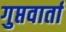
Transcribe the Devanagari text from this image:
गुप्तवार्ता